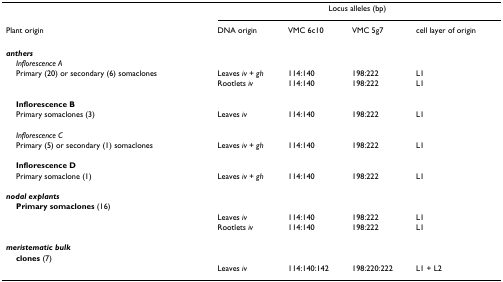
|  | <COLSPAN=4> Locus alleles (bp) |
 | Plant origin | DNA origin | VMC 6c10 | VMC 5g7 | cell layer of origin |
 | --- | --- | --- | --- | --- |
 | anthers |  |  |  |  |
 | Inflorescence A |  |  |  |  |
 | Primary (20) or secondary (6) somaclones | Leaves iv + gh | 114:140 | 198:222 | L1 |
 |  | Rootlets iv | 114:140 | 198:222 | L1 |
 | Inflorescence B |  |  |  |  |
 | Primary somaclones (3) | Leaves iv | 114:140 | 198:222 | L1 |
 | Inflorescence C |  |  |  |  |
 | Primary (5) or secondary (1) somaclones | Leaves iv + gh | 114:140 | 198:222 | L1 |
 | Inflorescence D |  |  |  |  |
 | Primary somaclone (1) | Leaves iv + gh | 114:140 | 198:222 | L1 |
 | nodal explants |  |  |  |  |
 | Primary somaclones (16) |  |  |  |  |
 |  | Leaves iv | 114:140 | 198:222 | L1 |
 |  | Rootlets iv | 114:140 | 198:222 | L1 |
 | meristematic bulk |  |  |  |  |
 | clones (7) |  |  |  |  |
 |  | Leaves iv | 114:140:142 | 198:220:222 | L1 + L2 |